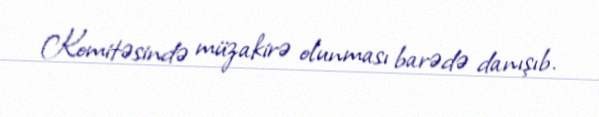
Komitəsində müzakirə olunması barədə danışıb.